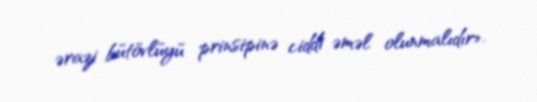
ərazi bütövlüyü prinsipinə ciddi əməl olunmalıdır».